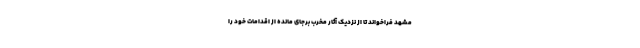
مشهد فراخواند تا از نزدیک آثار مخرب برجای مانده از اقدامات خود را